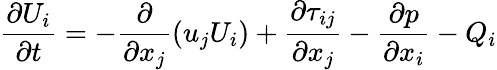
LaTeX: \frac{\partial{{U}_{i}}}{\partial t}=-\frac{\partial}{\partial{{x}_{j}}}\left({{u}_{j}}{{U}_{i}}\right)+\frac{\partial{{\tau}_{ij}}}{\partial{{x}_{j}}}-\frac{\partial p}{\partial{{x}_{i}}}-{{Q}_{i}}